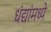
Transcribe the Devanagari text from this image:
धंद्यांमध्ये